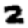
Digit: 2